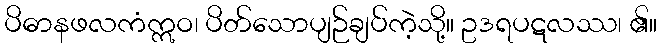
ပိဓာနဖလကံဣဝ၊ ပိတ်သောပျဉ်ချပ်ကဲ့သို့။ ဥဒရပဋလဿ၊ ၏။